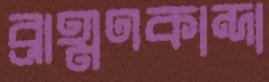
ব্রাহ্মণকান্দা